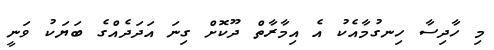
މި ހާދިސާ ހިނގުމާއެކު އެ އިމާރާތް ދޫކޮށް ގިނަ އަދަދެއްގެ ބަޔަކު ވަނީ